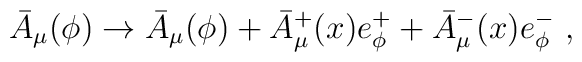
\bar{A}_\mu (\phi )\rightarrow \bar{A}_\mu(\phi) +\bar{A}^+_\mu (x) e^+_\phi +\bar{A}^-_\mu (x) e^-_\phi\ ,